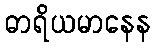
ဓာရိယမာနေန